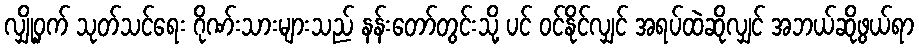
လျှို့ဝှက် သုတ်သင်ရေး ဂိုဏ်းသားများသည် နန်းတော်တွင်းသို့ ပင် ဝင်နိုင်လျှင် အရပ်ထဲဆိုလျှင် အဘယ်ဆိုဖွယ်ရာ